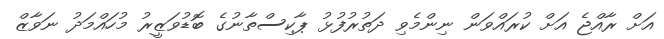
އަށް ރާއްޖެ އަށް ކުރައްވަން ނިންމެވި ދަތުރުފުޅު ޕާކިސްތާނުގެ ބޮޑުވަޒީރު މުހައްމަދު ނަވާޒް